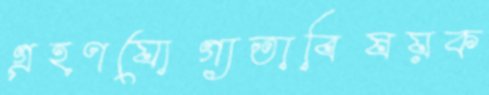
গ্রহণযোগ্যতাবিষয়ক